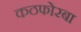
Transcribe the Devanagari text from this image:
कठफोरबा